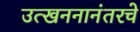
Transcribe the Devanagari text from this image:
उत्खननानंतरचे